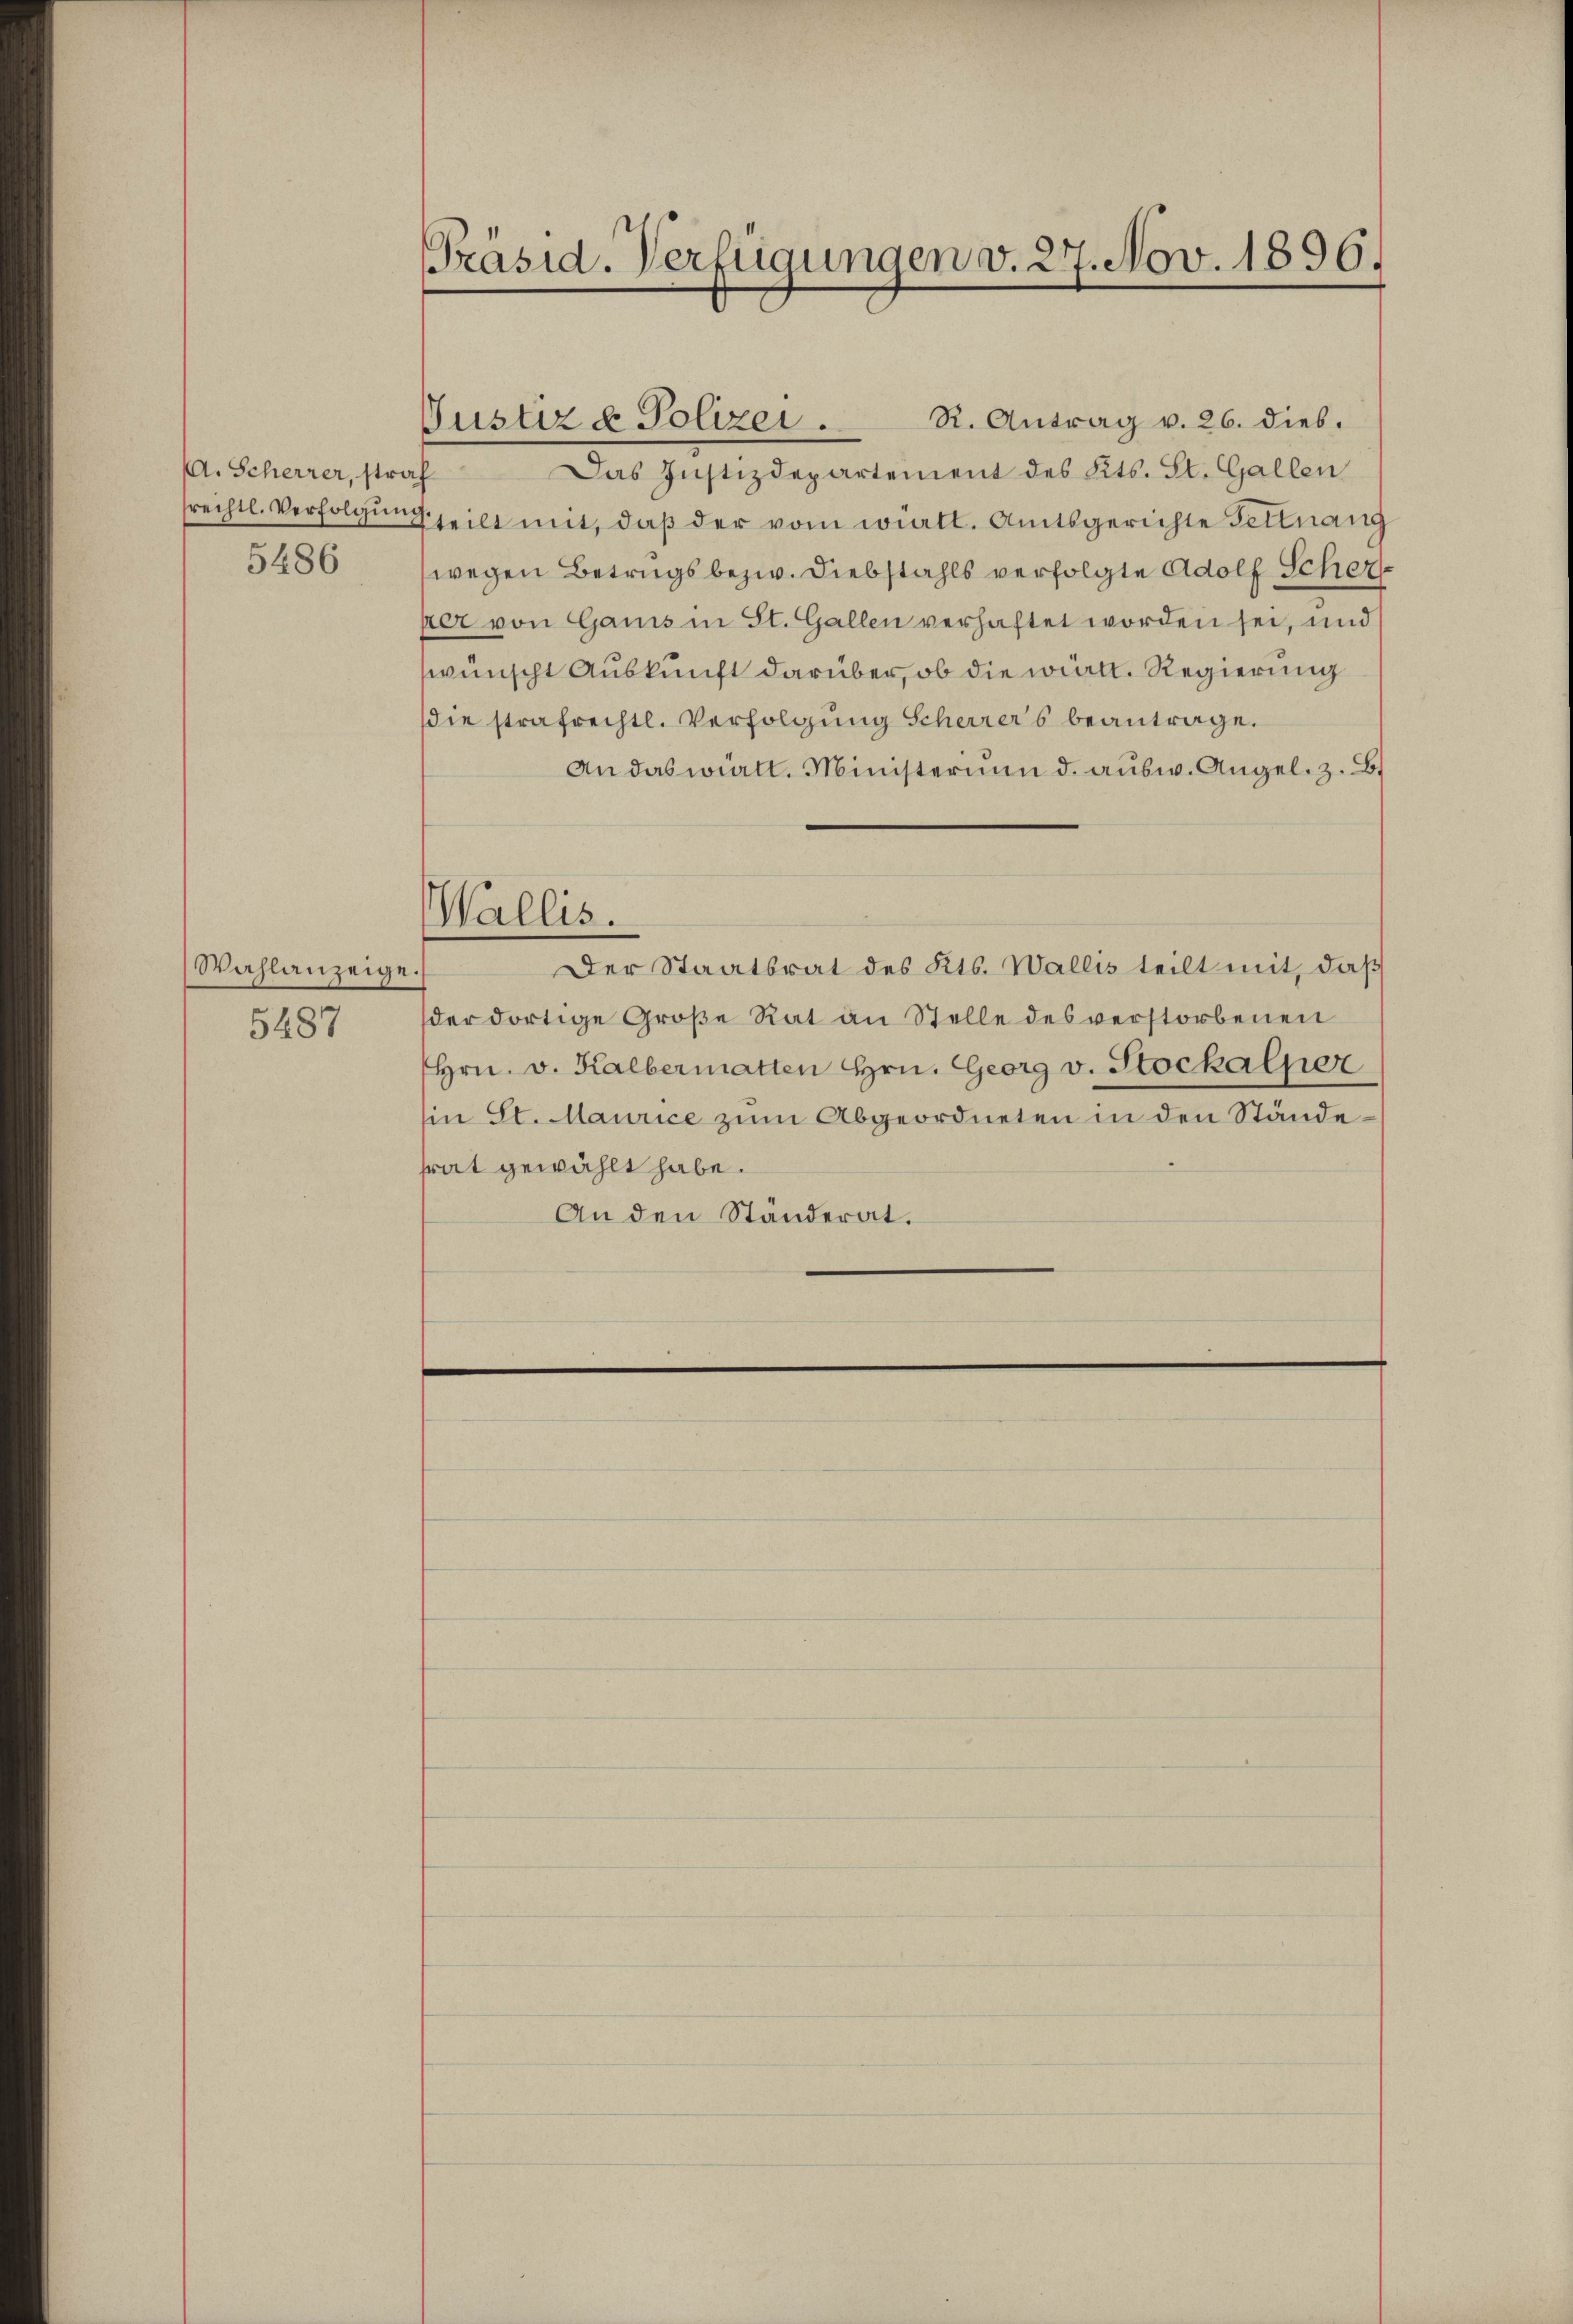
A. Scherrer, straf
5486

Wahlanzeige.
5487

Präsid. Verfügungen v. 27. Nov. 1896.

Justiz & Polizei.

R. Antrag v. 26. dies.
Das Justizdepartement des Kts. St. Gallen
srechtl. Verfolgung heilt mit, daß der vom will. Amtsgerichte Fettnang
wegen Betrugs bezw. Diebstahls verfolgte Adolf Scher
per von Gamis in St. Gallen verhaftet worden sei, und
wünscht Auskunft darüber, ob die wird. Regierung
die strafrechtl. Verfolgung Scherrers beantrage.
An das württ. Ministerium d. ausw. Angel. z. B.
Wallis.
Der Staatsrat des Kts. Wallis teilt mit, daß
der dortige Große Rat an Stelle des verstorbenen
Hrn. v. Kalbermatten Hrn. Georg v. Stockalper
Ein St. Maurice zum Abgeordneten in den Stände
frat gewählt habe.
An den Ständerat.